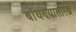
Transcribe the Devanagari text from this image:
बांधण्यासारखे